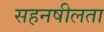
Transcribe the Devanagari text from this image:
सहनषीलता